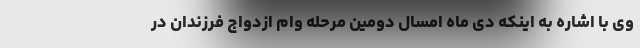
وی با اشاره به اینکه دی ماه امسال دومین مرحله وام ازدواج فرزندان در